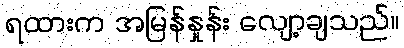
ရထားက အမြန်နှုန်း လျော့ချသည်။